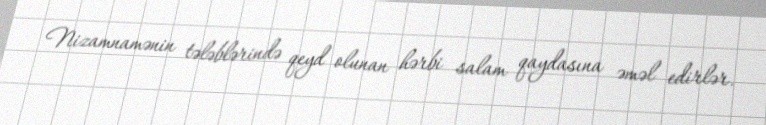
Nizamnamənin tələblərində qeyd olunan hərbi salam qaydasına əməl edirlər.